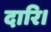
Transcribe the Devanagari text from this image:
दारि।